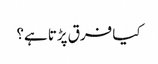
کیا فرق پڑتا ہے؟